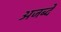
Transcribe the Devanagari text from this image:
अजब्दे